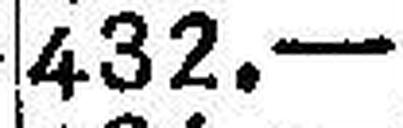
432.—